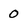
Character: 0